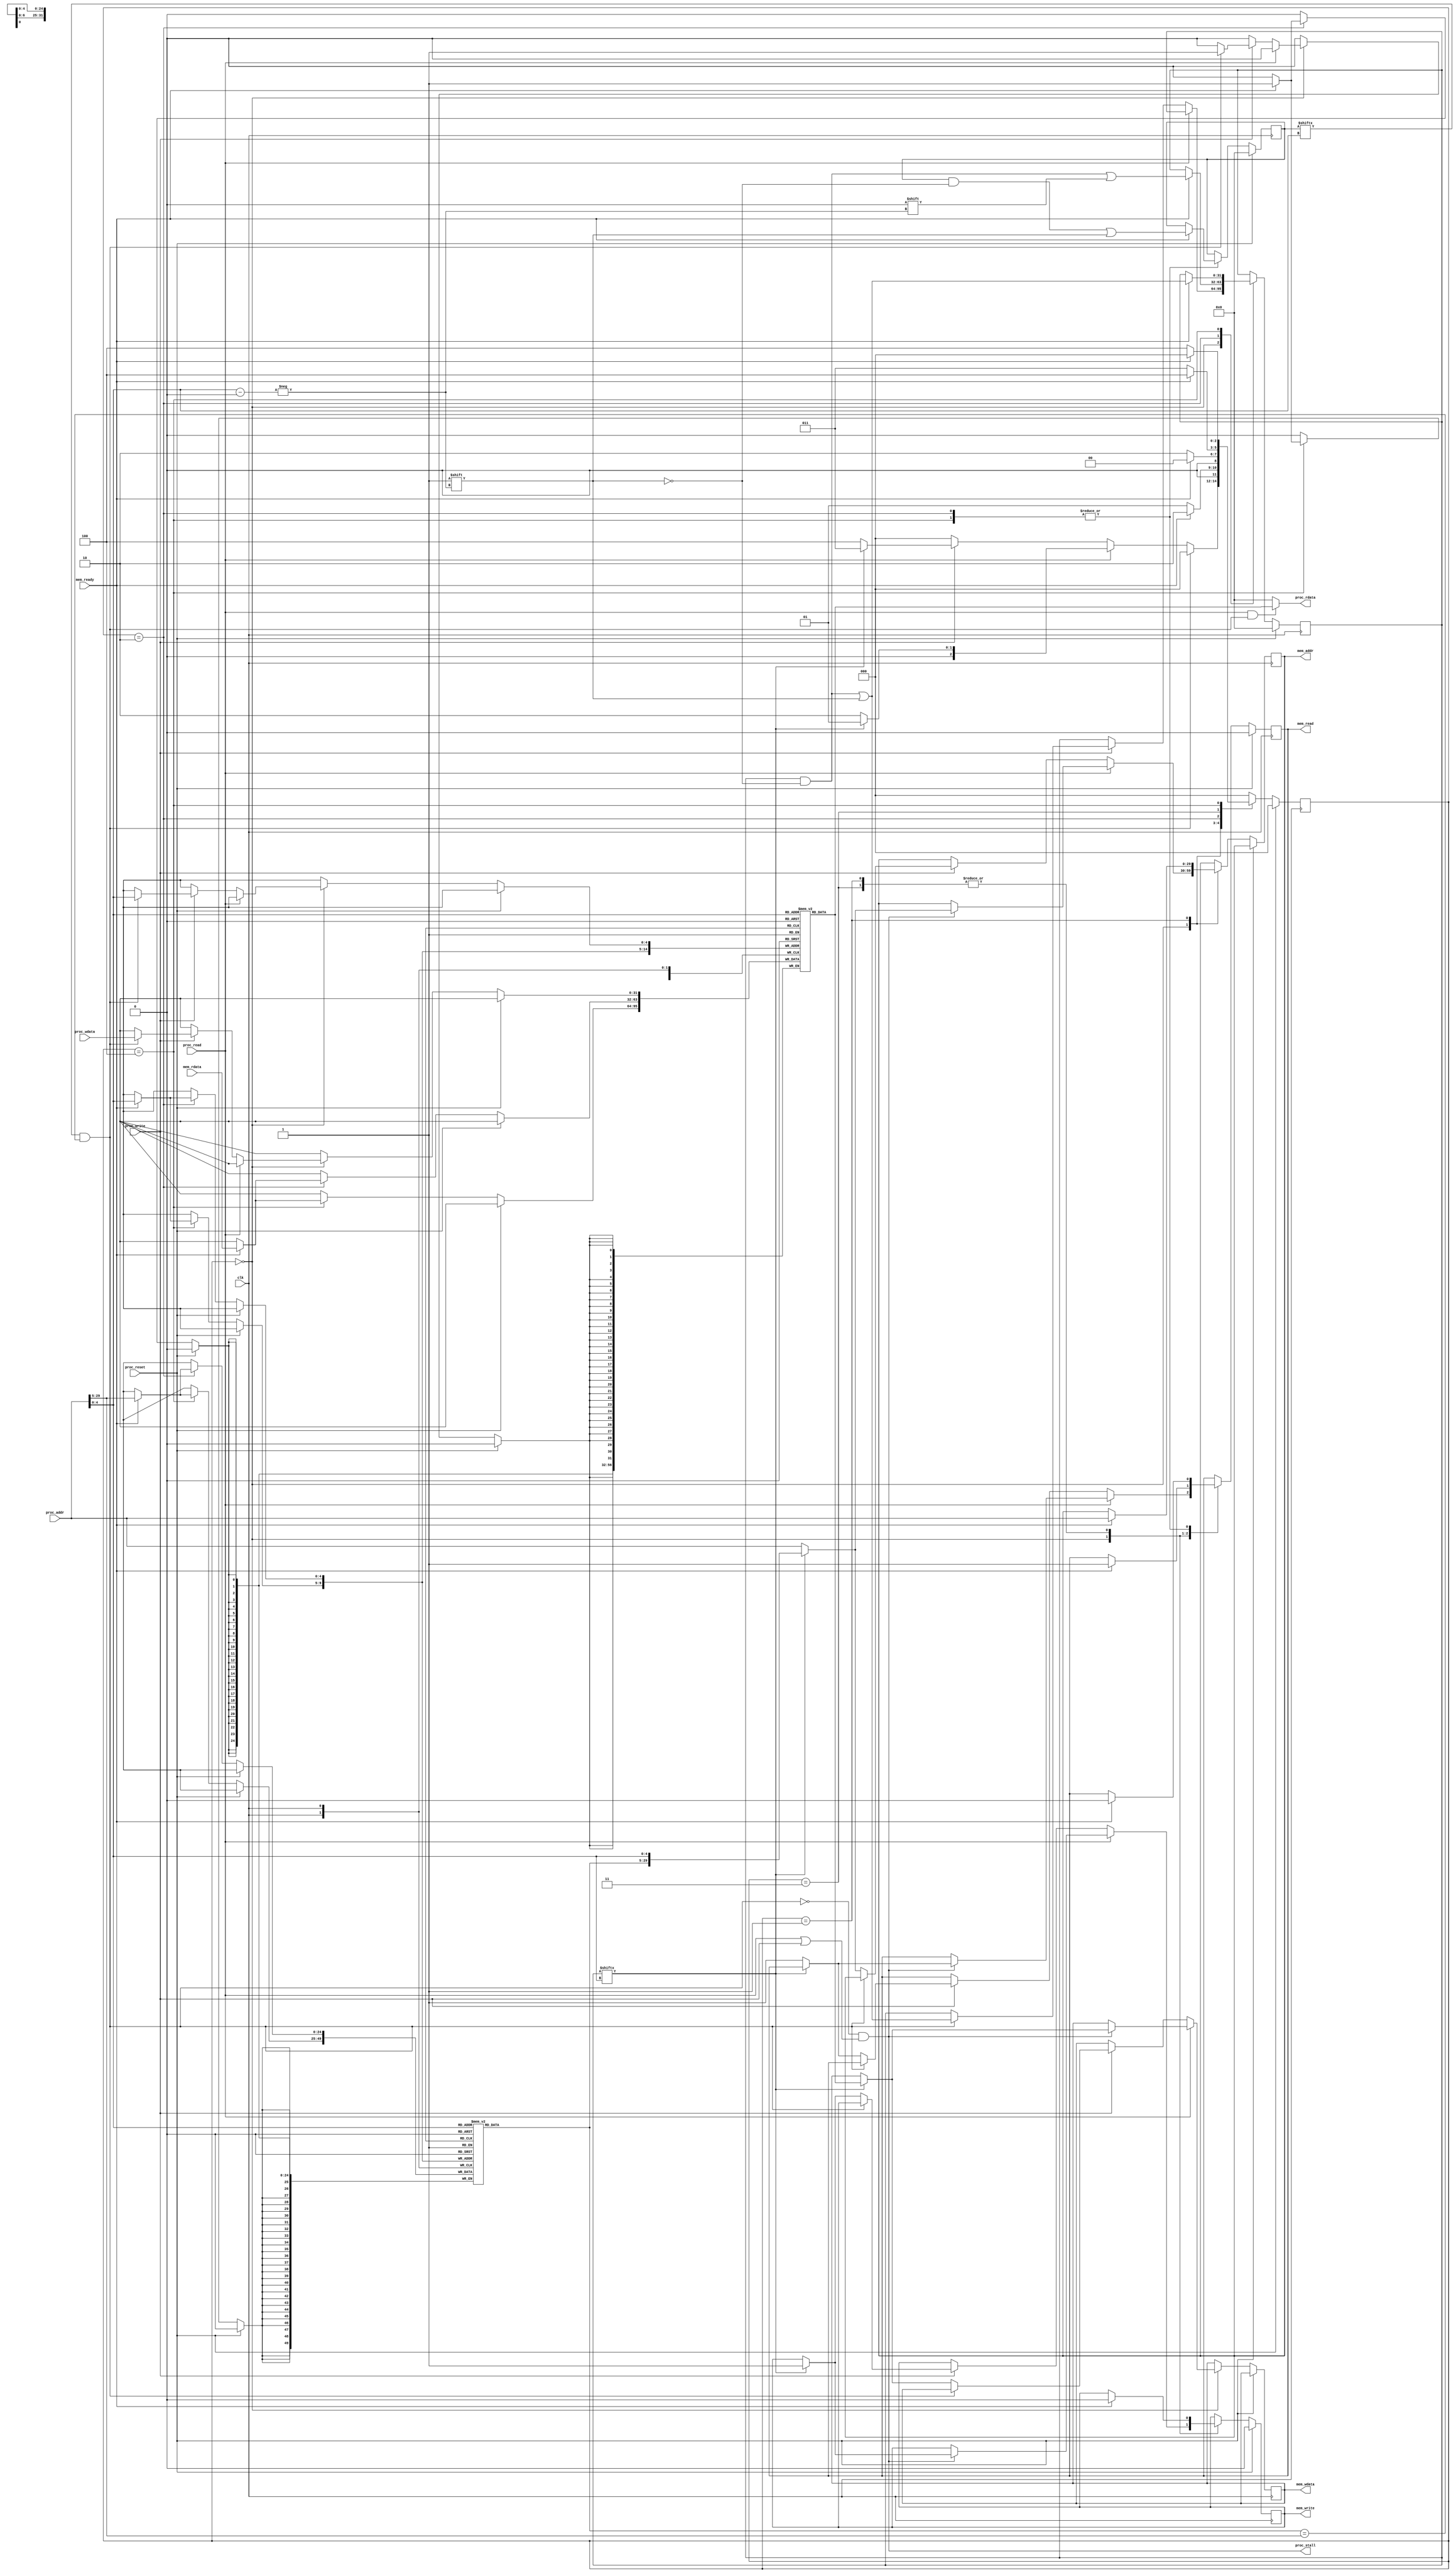
module L1cache(//32-block 32words  finished
    clk,
    proc_reset,
    proc_read,
    proc_write,
    proc_addr,
    proc_rdata,
    proc_wdata,
    proc_stall,
    mem_read,
    mem_write,
    mem_addr,
    mem_rdata,
    mem_wdata,
    mem_ready
);
    
//==== input/output definition ============================
    input          clk;
    // processor interface
    input          proc_reset;
    input          proc_read, proc_write;
    input   [29:0] proc_addr;
    input   [31:0] proc_wdata;
    output         proc_stall;
    output  [31:0] proc_rdata;
    // memory interface
    input   [31:0] mem_rdata;
    input          mem_ready;
    output         mem_read, mem_write;
    output  [29:0] mem_addr;
    output  [31:0] mem_wdata;
    
//==== wire/reg definition ================================
    reg            mem_read, mem_write;
    reg     [29:0] mem_addr;
    reg     [31:0] mem_wdata;

    reg      [2:0] state_w;
    reg      [2:0] state;
    reg      [31:0] valid;
    reg      [31:0] dirty;
    reg     [29:5] tag     [0:31];
    reg     [31:0] data    [0:31];
    wire           hit;
//==== combinational circuit ==============================
    localparam S_IDLE = 3'd0;
    localparam S_WBRD = 3'd1;
    localparam S_RD   = 3'd2;
    localparam S_WB   = 3'd3;
    localparam S_RDWB = 3'd4;

assign proc_stall = (~hit)&&(proc_read|proc_write);
assign proc_rdata = proc_read & hit
                  ? data[proc_addr[4:0]]
                  : 32'd0;
assign hit = valid[proc_addr[4:0]] & (tag[proc_addr[4:0]] == proc_addr[29:5]);

always@(*) begin
    case (state)
    S_IDLE: begin
        if (hit)
            state_w = S_IDLE;
        else if (proc_read)
            state_w = dirty[proc_addr[4:0]] ? S_WBRD : S_RD;
        else if (proc_write)
            state_w = dirty[proc_addr[4:0]] ? S_WB : S_RDWB;
        else
            state_w = S_IDLE;
    end
    S_WBRD:
        state_w = mem_ready ? S_RD : S_WBRD;
    S_RD:
        state_w = mem_ready ? S_IDLE : S_RD;
    S_WB:
        state_w = mem_ready ? S_RDWB : S_WB;
    S_RDWB:
        state_w = mem_ready ? S_IDLE : S_RDWB;
    default:
        state_w = S_IDLE;
    endcase
end  
//==== sequential circuit =================================
always@( posedge clk ) begin
    if( proc_reset ) begin
        mem_read   <= 0;
        mem_write  <= 0;
        state   <= S_IDLE;
        valid   <= 32'b0;
        dirty   <= 32'b0;
    end
    else begin
        state   <= state_w;
        case (state)
        S_IDLE: begin
            if (proc_read) begin
                if (proc_stall) begin
                    if (dirty[proc_addr[4:0]]) begin
                        mem_write  <= 1;
                        mem_addr   <= {tag[proc_addr[4:0]],proc_addr[4:0]};
                        mem_wdata  <= data[proc_addr[4:0]];
                    end else begin
                        mem_read   <= 1;
                        mem_addr   <= proc_addr[29:0];
                    end
                end
            end
            else if (proc_write) begin
                if (hit) begin
                    dirty[proc_addr[4:0]] <= 1;
                    data[proc_addr[4:0]]<= proc_wdata;
                end else begin
                    if (dirty[proc_addr[4:0]]) begin
                        mem_write  <= 1;
                        mem_addr   <= {tag[proc_addr[4:0]],proc_addr[4:0]};
                        mem_wdata  <= data[proc_addr[4:0]];
                    end else begin
                        mem_read   <= 1;
                        mem_addr   <= proc_addr[29:0];
                    end
                end
            end
        end
        S_WBRD:
            if (mem_ready) begin
                mem_read   <= 1;
                mem_write  <= 0;
                mem_addr   <= proc_addr[29:0];
            end
        S_RD:
            if (mem_ready) begin
                mem_read   <= 0;
                valid[proc_addr[4:0]] <= 1;
                dirty[proc_addr[4:0]] <= 0;
                tag[proc_addr[4:0]] <= proc_addr[29:5];
                data[proc_addr[4:0]] <= mem_rdata;
            end
        S_WB:
            if (mem_ready) begin
                mem_read   <= 1;
                mem_write  <= 0;
            end
        S_RDWB:
            if (mem_ready) begin
                mem_read   <= 0;
                valid[proc_addr[4:0]] <= 1;
                dirty[proc_addr[4:0]] <= 1;
                tag[proc_addr[4:0]] <= proc_addr[29:5];
                data[proc_addr[4:0]] <= mem_rdata;
            end
        endcase
    end
end

endmodule